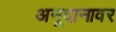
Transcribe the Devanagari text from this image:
अनूदानावर